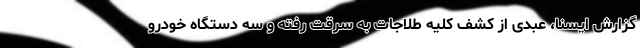
گزارش ایسنا، عبدی از کشف کلیه طلاجات به سرقت رفته و سه دستگاه خودرو